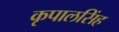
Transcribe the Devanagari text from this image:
कृपालसिंह